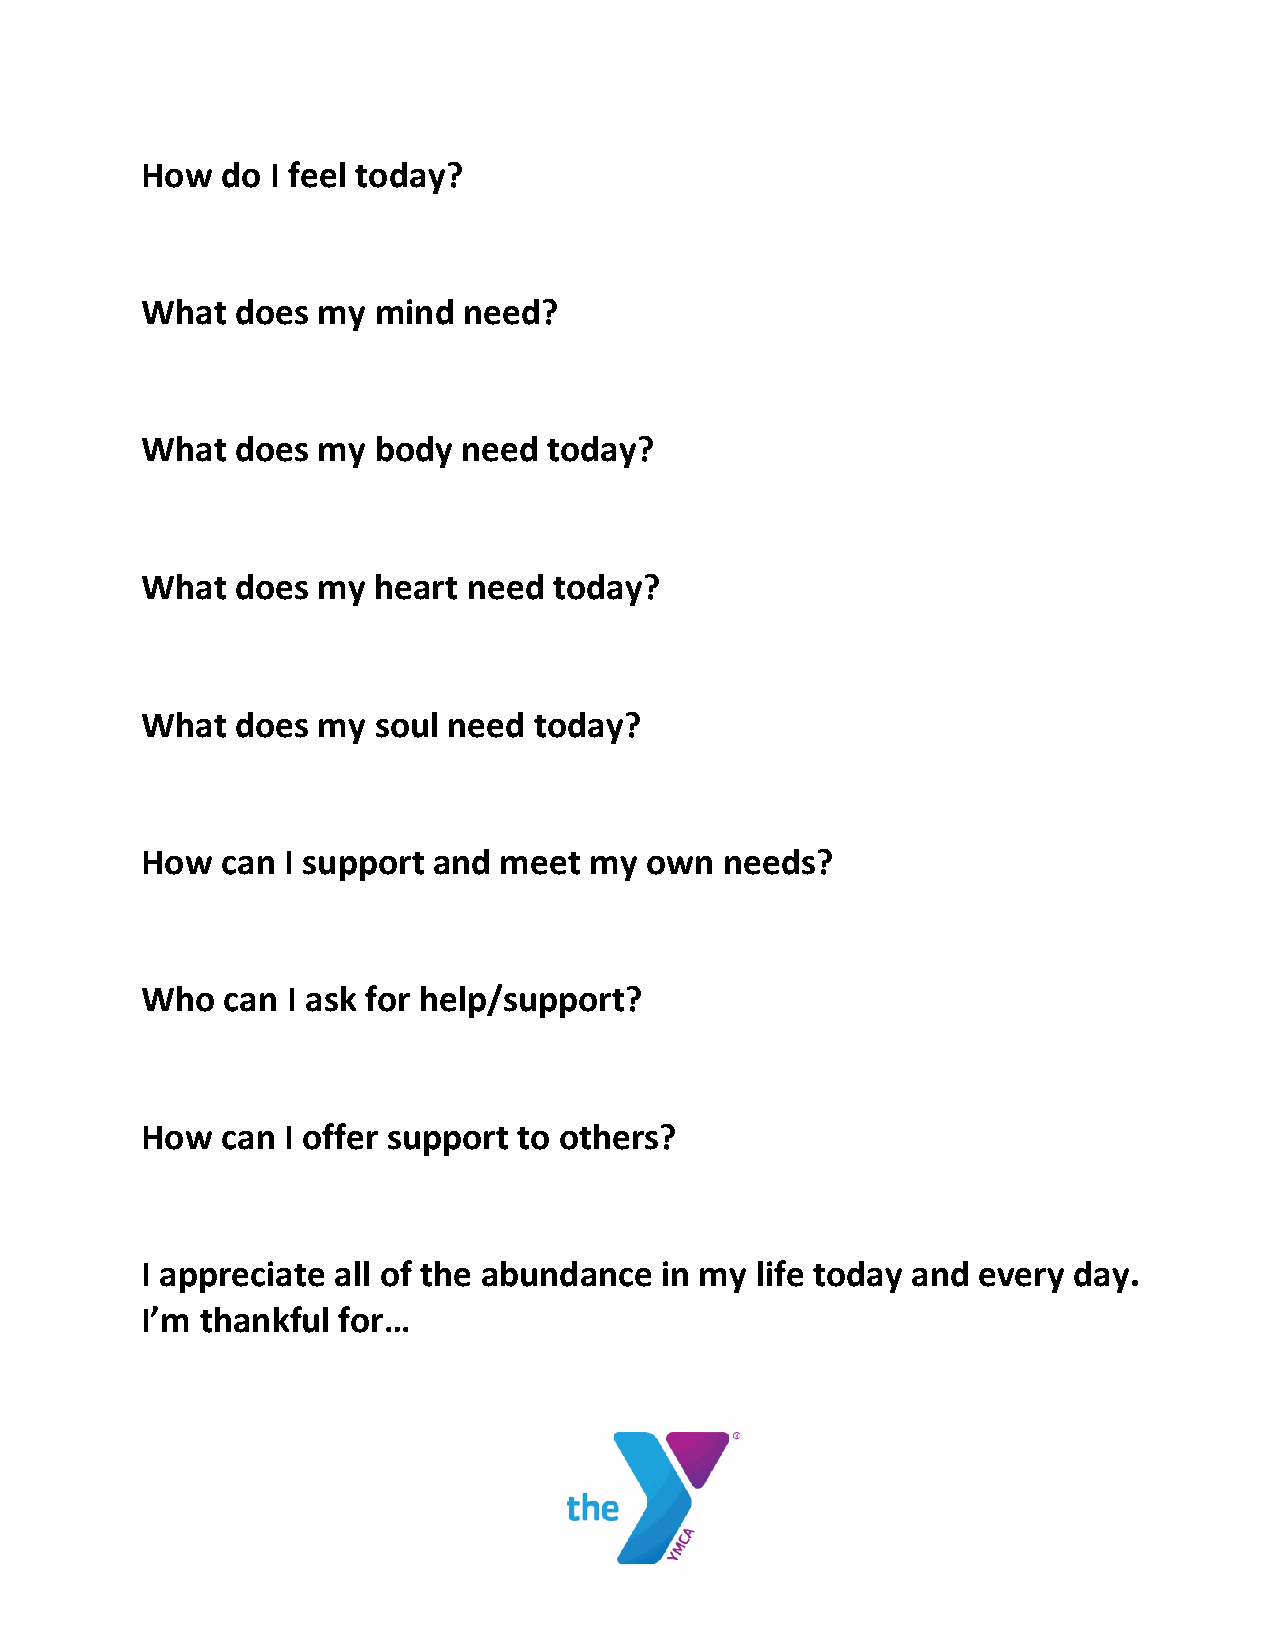
How   do I feel today?
 What   does my  mind  need?
 What   does my  body  need today?
 What   does my  heart need  today?
 What   does my  soul need today?
 How   can I support and meet  my  own  needs?
 Who   can I ask for help/support?
 How   can I offer support to others?
 I appreciate all of the abundance  in my life today and every day.
 I’m thankful for…